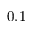
0 . 1